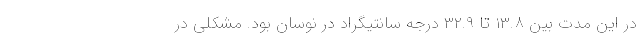
در این مدت بین ۱۳.۸ تا ۳۲.۹ درجه سانتیگراد در نوسان بود. مشکلی در